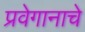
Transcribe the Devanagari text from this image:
प्रवेगानाचे